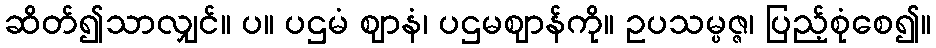
ဆိတ်၍သာလျှင်။ ပ။ ပဌမံ ဈာနံ၊ ပဌမဈာန်ကို။ ဥပသမ္ပဇ္ဇ၊ ပြည့်စုံစေ၍။